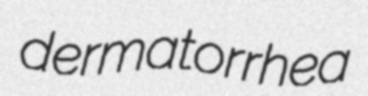
dermatorrhea